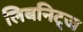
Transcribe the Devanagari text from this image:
लिबनिट्ज